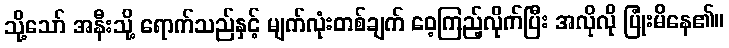
သို့သော် အနီးသို့ ရောက်သည်နှင့် မျက်လုံးတစ်ချက် ဝေ့ကြည့်လိုက်ပြီး အလိုလို ပြုံးမိနေ၏။